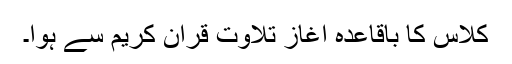
کلاس کا باقاعدہ آغاز تلاوت قرآن کریم سے ہوا۔